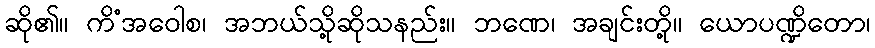
ဆို၏။ ကိံအဝေါစ၊ အဘယ်သို့ဆိုသနည်း။ ဘဏေ၊ အချင်းတို့။ ယောပဏ္ဍိတော၊